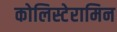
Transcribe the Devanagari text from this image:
कोलिस्टेरामिन